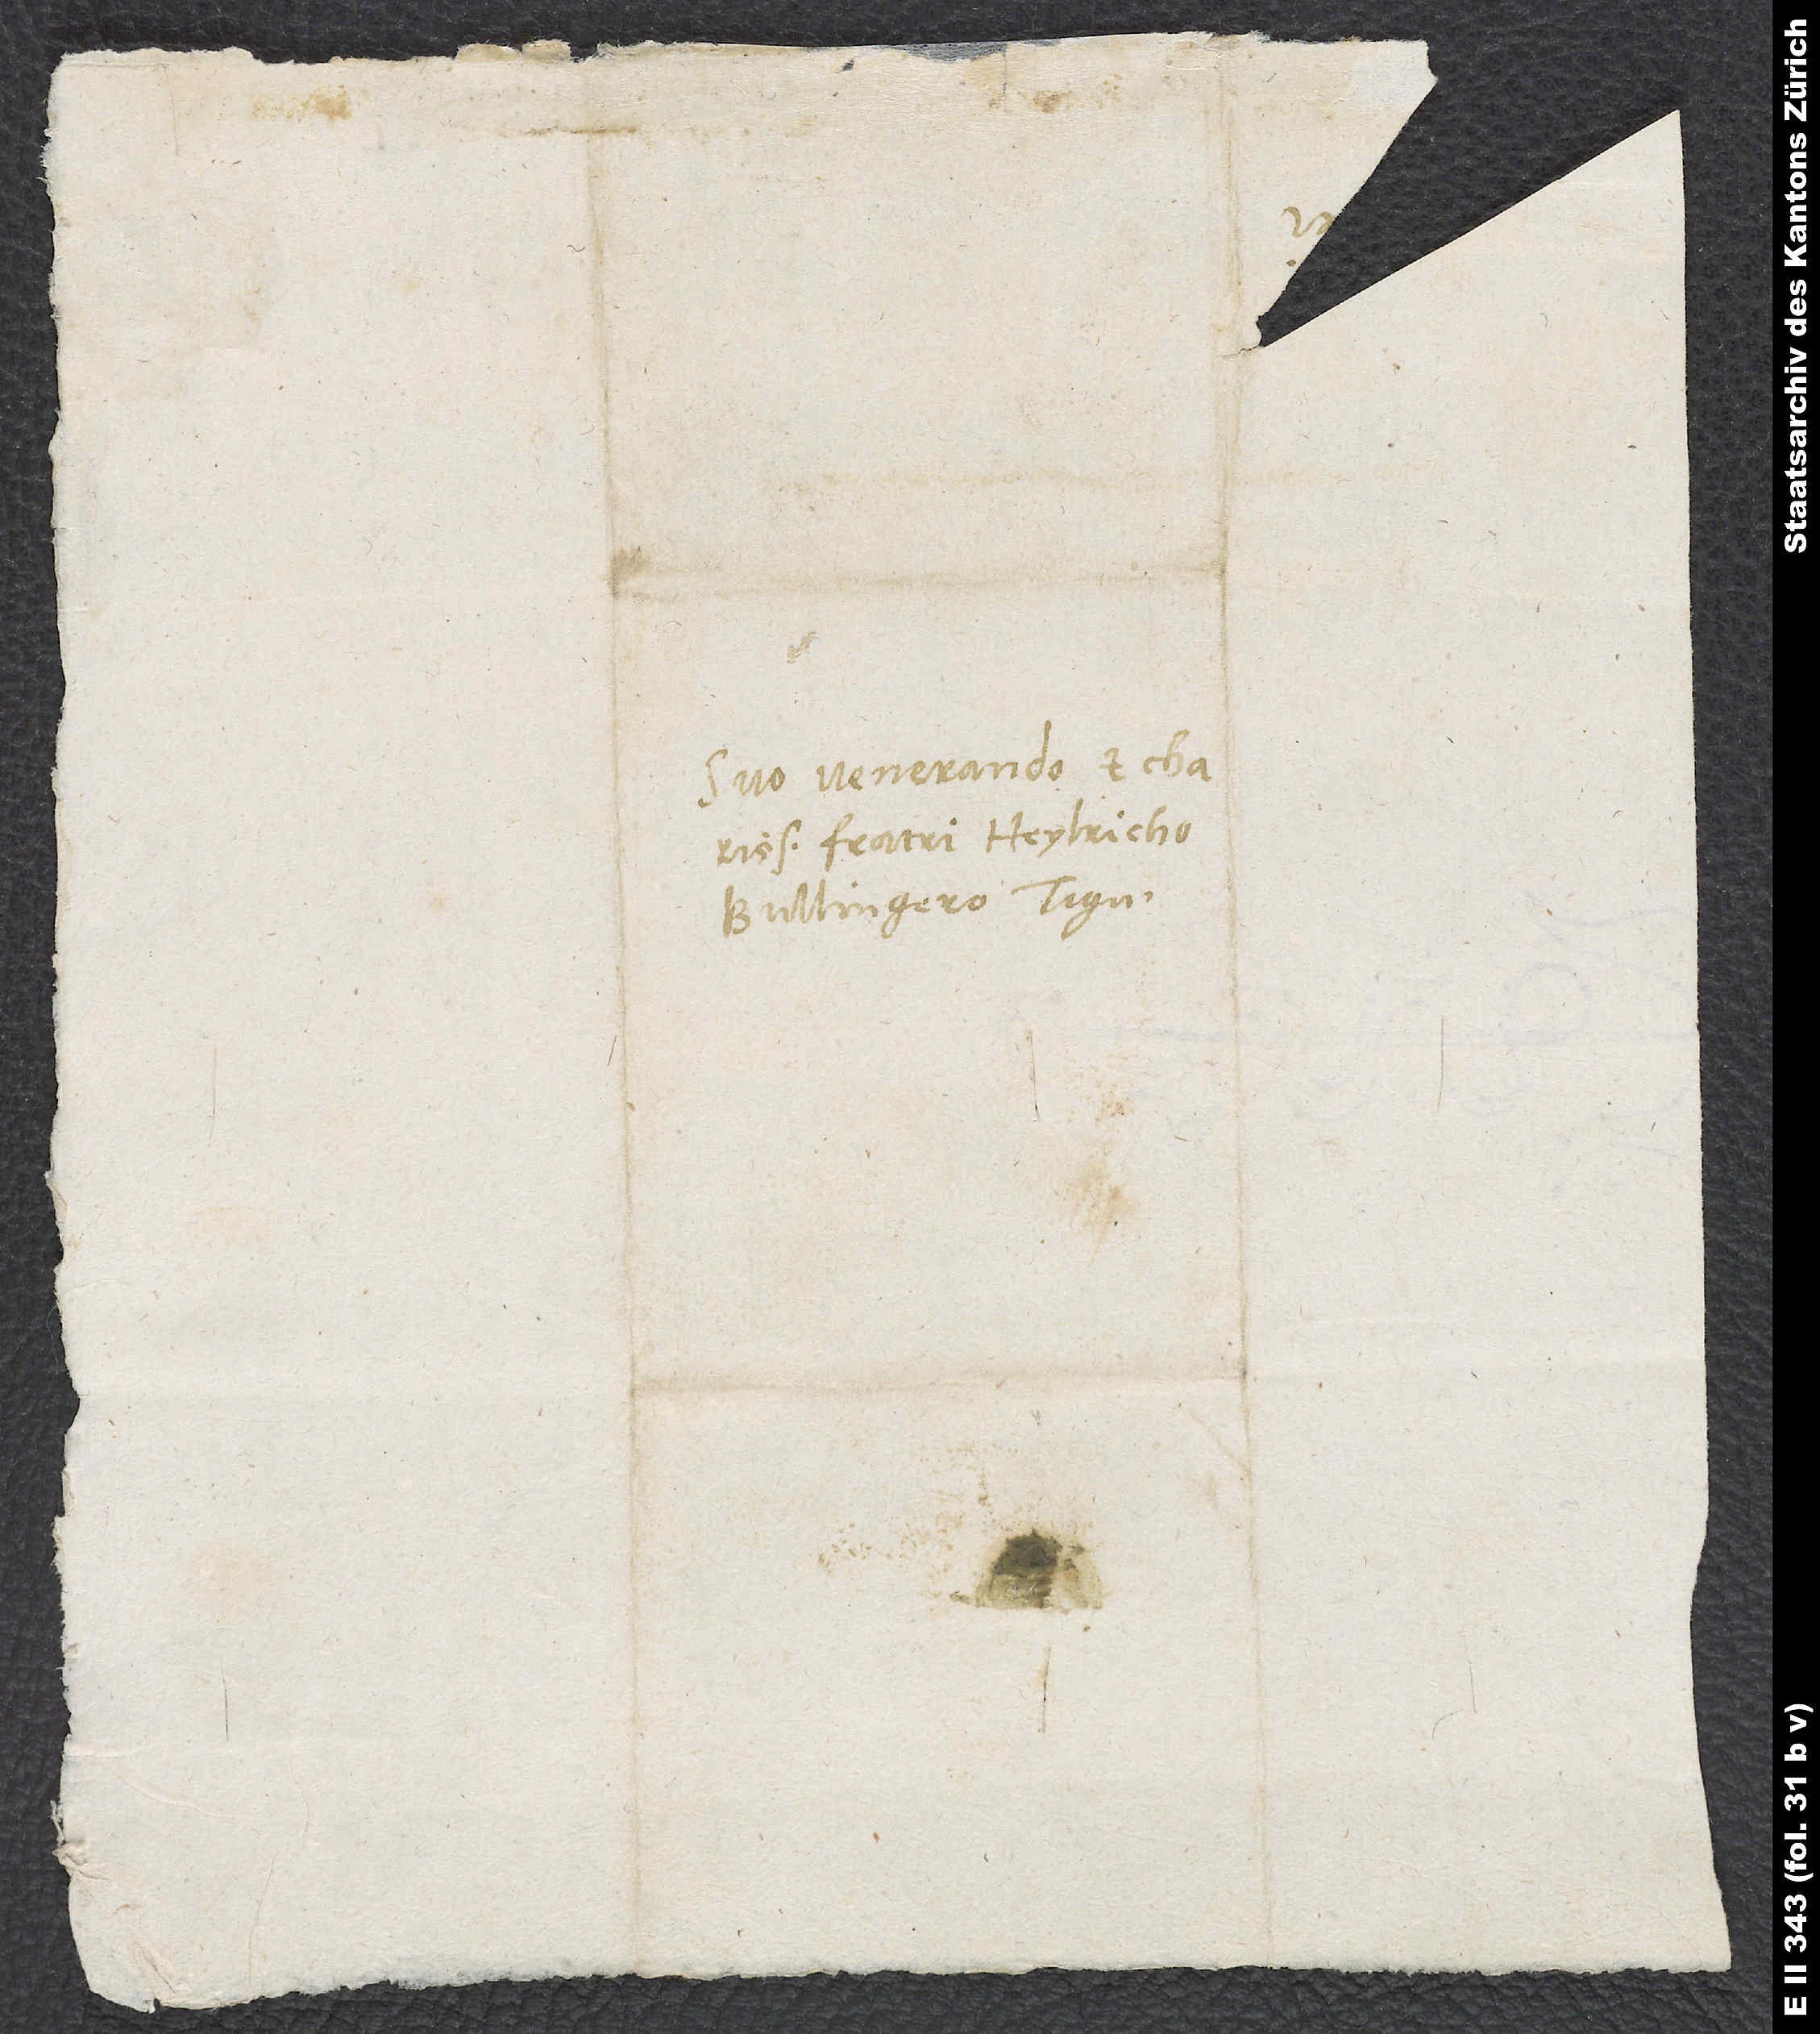
Suo venerando et charissimo
fratri Heylricho
Bullingero. Tiguri.